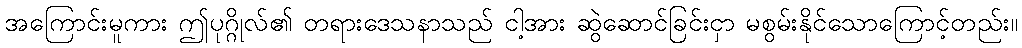
အကြောင်းမူကား ဤပုဂ္ဂိုလ်၏ တရားဒေသနာသည် ငါ့အား ဆွဲဆောင်ခြင်းငှာ မစွမ်းနိုင်သောကြောင့်တည်း။